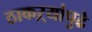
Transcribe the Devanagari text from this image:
ठाकऱ्यांपुढे